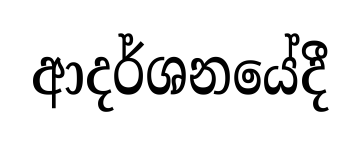
ආදර්ශනයේදී